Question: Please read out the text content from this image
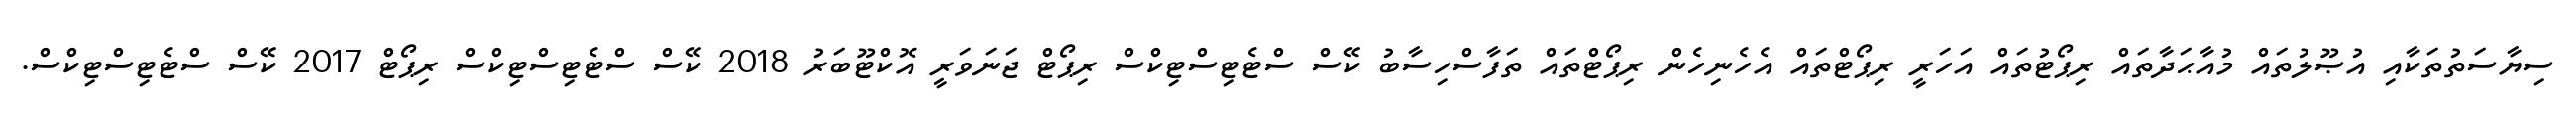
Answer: ސިޔާސަތުތަކާއި އުޞޫލުތައް މުއާޙަދާތައް ރިޕޯޓުތައް އަހަރީ ރިޕޯޓްތައް އެހެނިހެން ރިޕޯޓްތައް ތަފާސްހިސާބު ކޭސް ސްޓެޓިސްޓިކްސް ރިޕޯޓް ޖަނަވަރީ އޮކްޓޫބަރު 2018 ކޭސް ސްޓެޓިސްޓިކްސް ރިޕޯޓް 2017 ކޭސް ސްޓެޓިސްޓިކްސް.